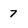
Character: 7